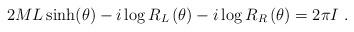
LaTeX: \begin{align*}2ML\sinh (\theta )-i\log R_{L}\left( \theta \right) -i\log R_{R}\left(\theta \right) =2\pi I\ .\end{align*}